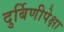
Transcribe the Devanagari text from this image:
दुर्बिणीपेक्षा